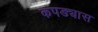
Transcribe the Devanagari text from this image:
कपड्यास